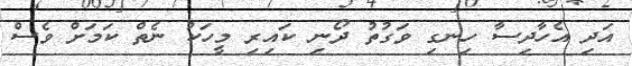
އަދި އެހާދިސާ ހިނގި ވަގުތު ދޯނި ކައިރި މީހަކު ނެތް ކަމަށް ވެސް